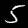
Label: 5